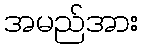
အမည်အား